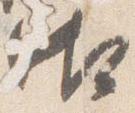
御